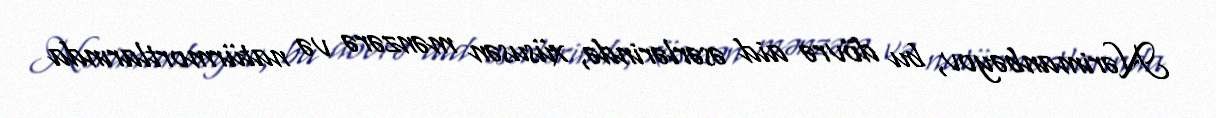
Nərimanbəyov, bu dövrə aid əsərlərində, xüsusən mənzərə və natürmortlarında